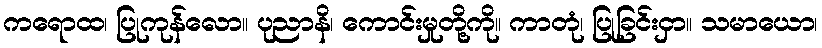
ကရောထ၊ ပြုကုန်လော။ ပုညာနိ၊ ကောင်းမှုတို့ကို။ ကာတုံ၊ ပြုခြင်းငှာ။ သမာယော၊